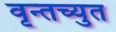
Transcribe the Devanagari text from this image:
वृन्तच्युत